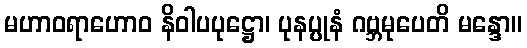
မဟာဝရာဟောဝ နိဝါပပုဋ္ဌော၊ ပုနပ္ပုနံ ဂဗ္ဘမုပေတိ မန္ဒော။